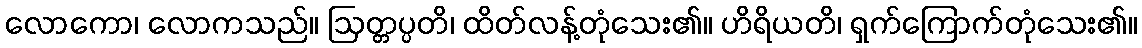
လောကော၊ လောကသည်။ ဩတ္တပ္ပတိ၊ ထိတ်လန့်တုံသေး၏။ ဟိရိယတိ၊ ရှက်ကြောက်တုံသေး၏။